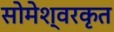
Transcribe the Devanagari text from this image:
सोमेश्वरकृत